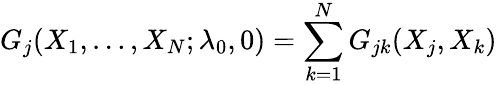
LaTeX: G_{j}(X_{1},\dots,X_{N};\lambda_{0},0)=\sum_{k=1}^{N}G_{jk}(X_{j},X_{k})